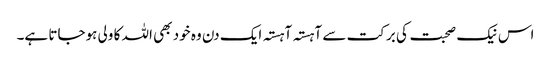
اس نیک صحبت کی برکت سے آہستہ آہستہ ایک دن وہ خود بھی اللہ کا ولی ہوجاتا ہے۔